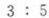
3 : 5$$